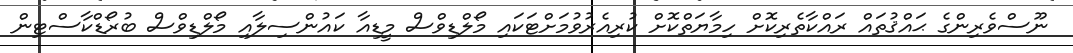
ނޫސްވެރިންގެ ޙައްޤުތައް ރައްކާތެރިކޮށް ހިމާޔަތްކޮށް ކުރިއެރުވުމަށްޓަކައި މޯލްޑިވްސް މީޑިއާ ކައުންސިލާއި މޯލްޑިވްސް ބުރޯޑްކާސްޓިން